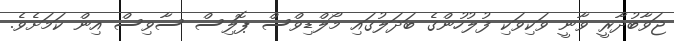
ޖަވާބުދާރީ ވާނީ ވަކިވަކި ފުލުހުންގެ ބަދަލުގައި މޯލްޑިވްސް ޕޮލިސް ސާވިސް އިން ކަމަށެވެ.